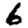
Digit: 6